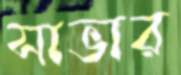
সাভার